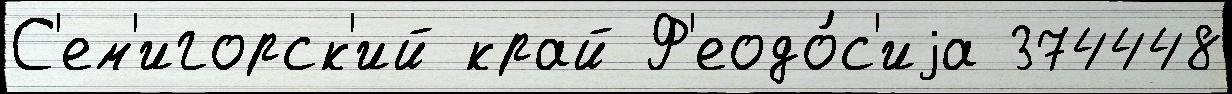
С'ем'игорск'ий край Ф'еодо́с'иjа 374448